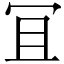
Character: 冝